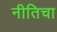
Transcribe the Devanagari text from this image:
नीतिचा